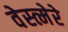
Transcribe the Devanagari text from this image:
वेस्त्मेरे